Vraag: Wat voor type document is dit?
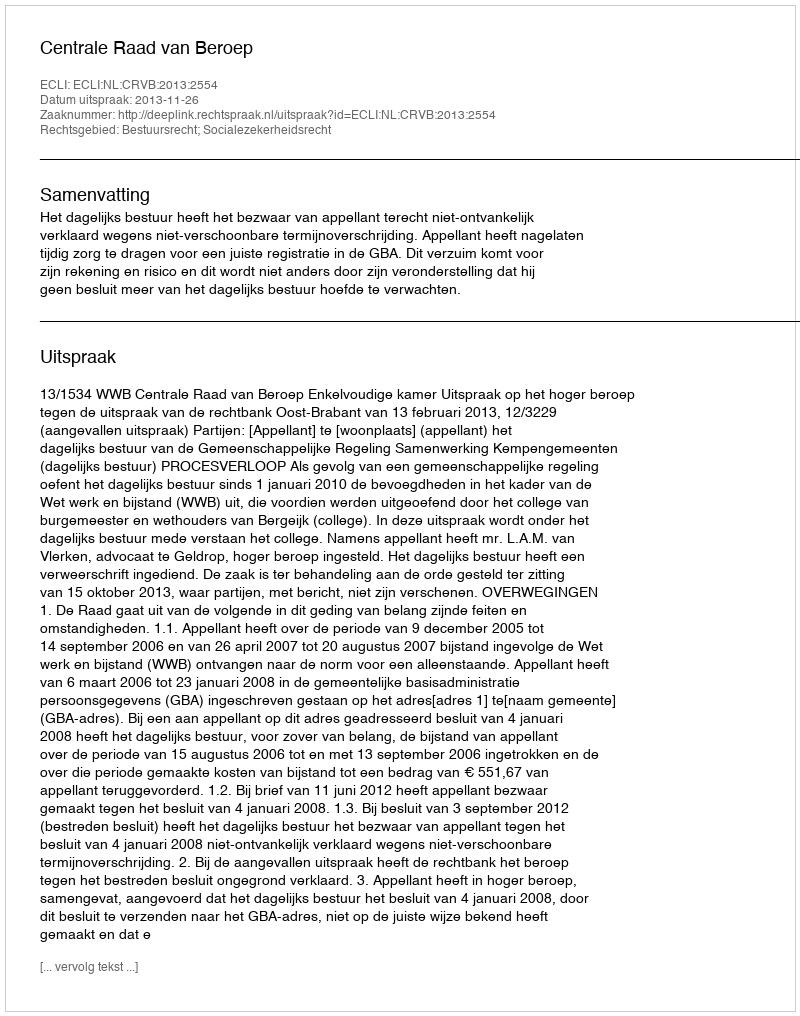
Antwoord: Uitspraak